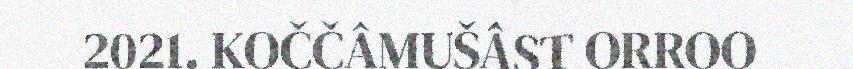
2021. KOČČÂMUŠÂST ORROO